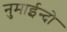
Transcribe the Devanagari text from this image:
नुमाईन्दो